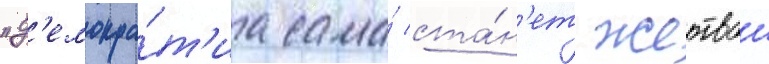
"д'емокра́т'иа сама́ ста́н'ет жертвои